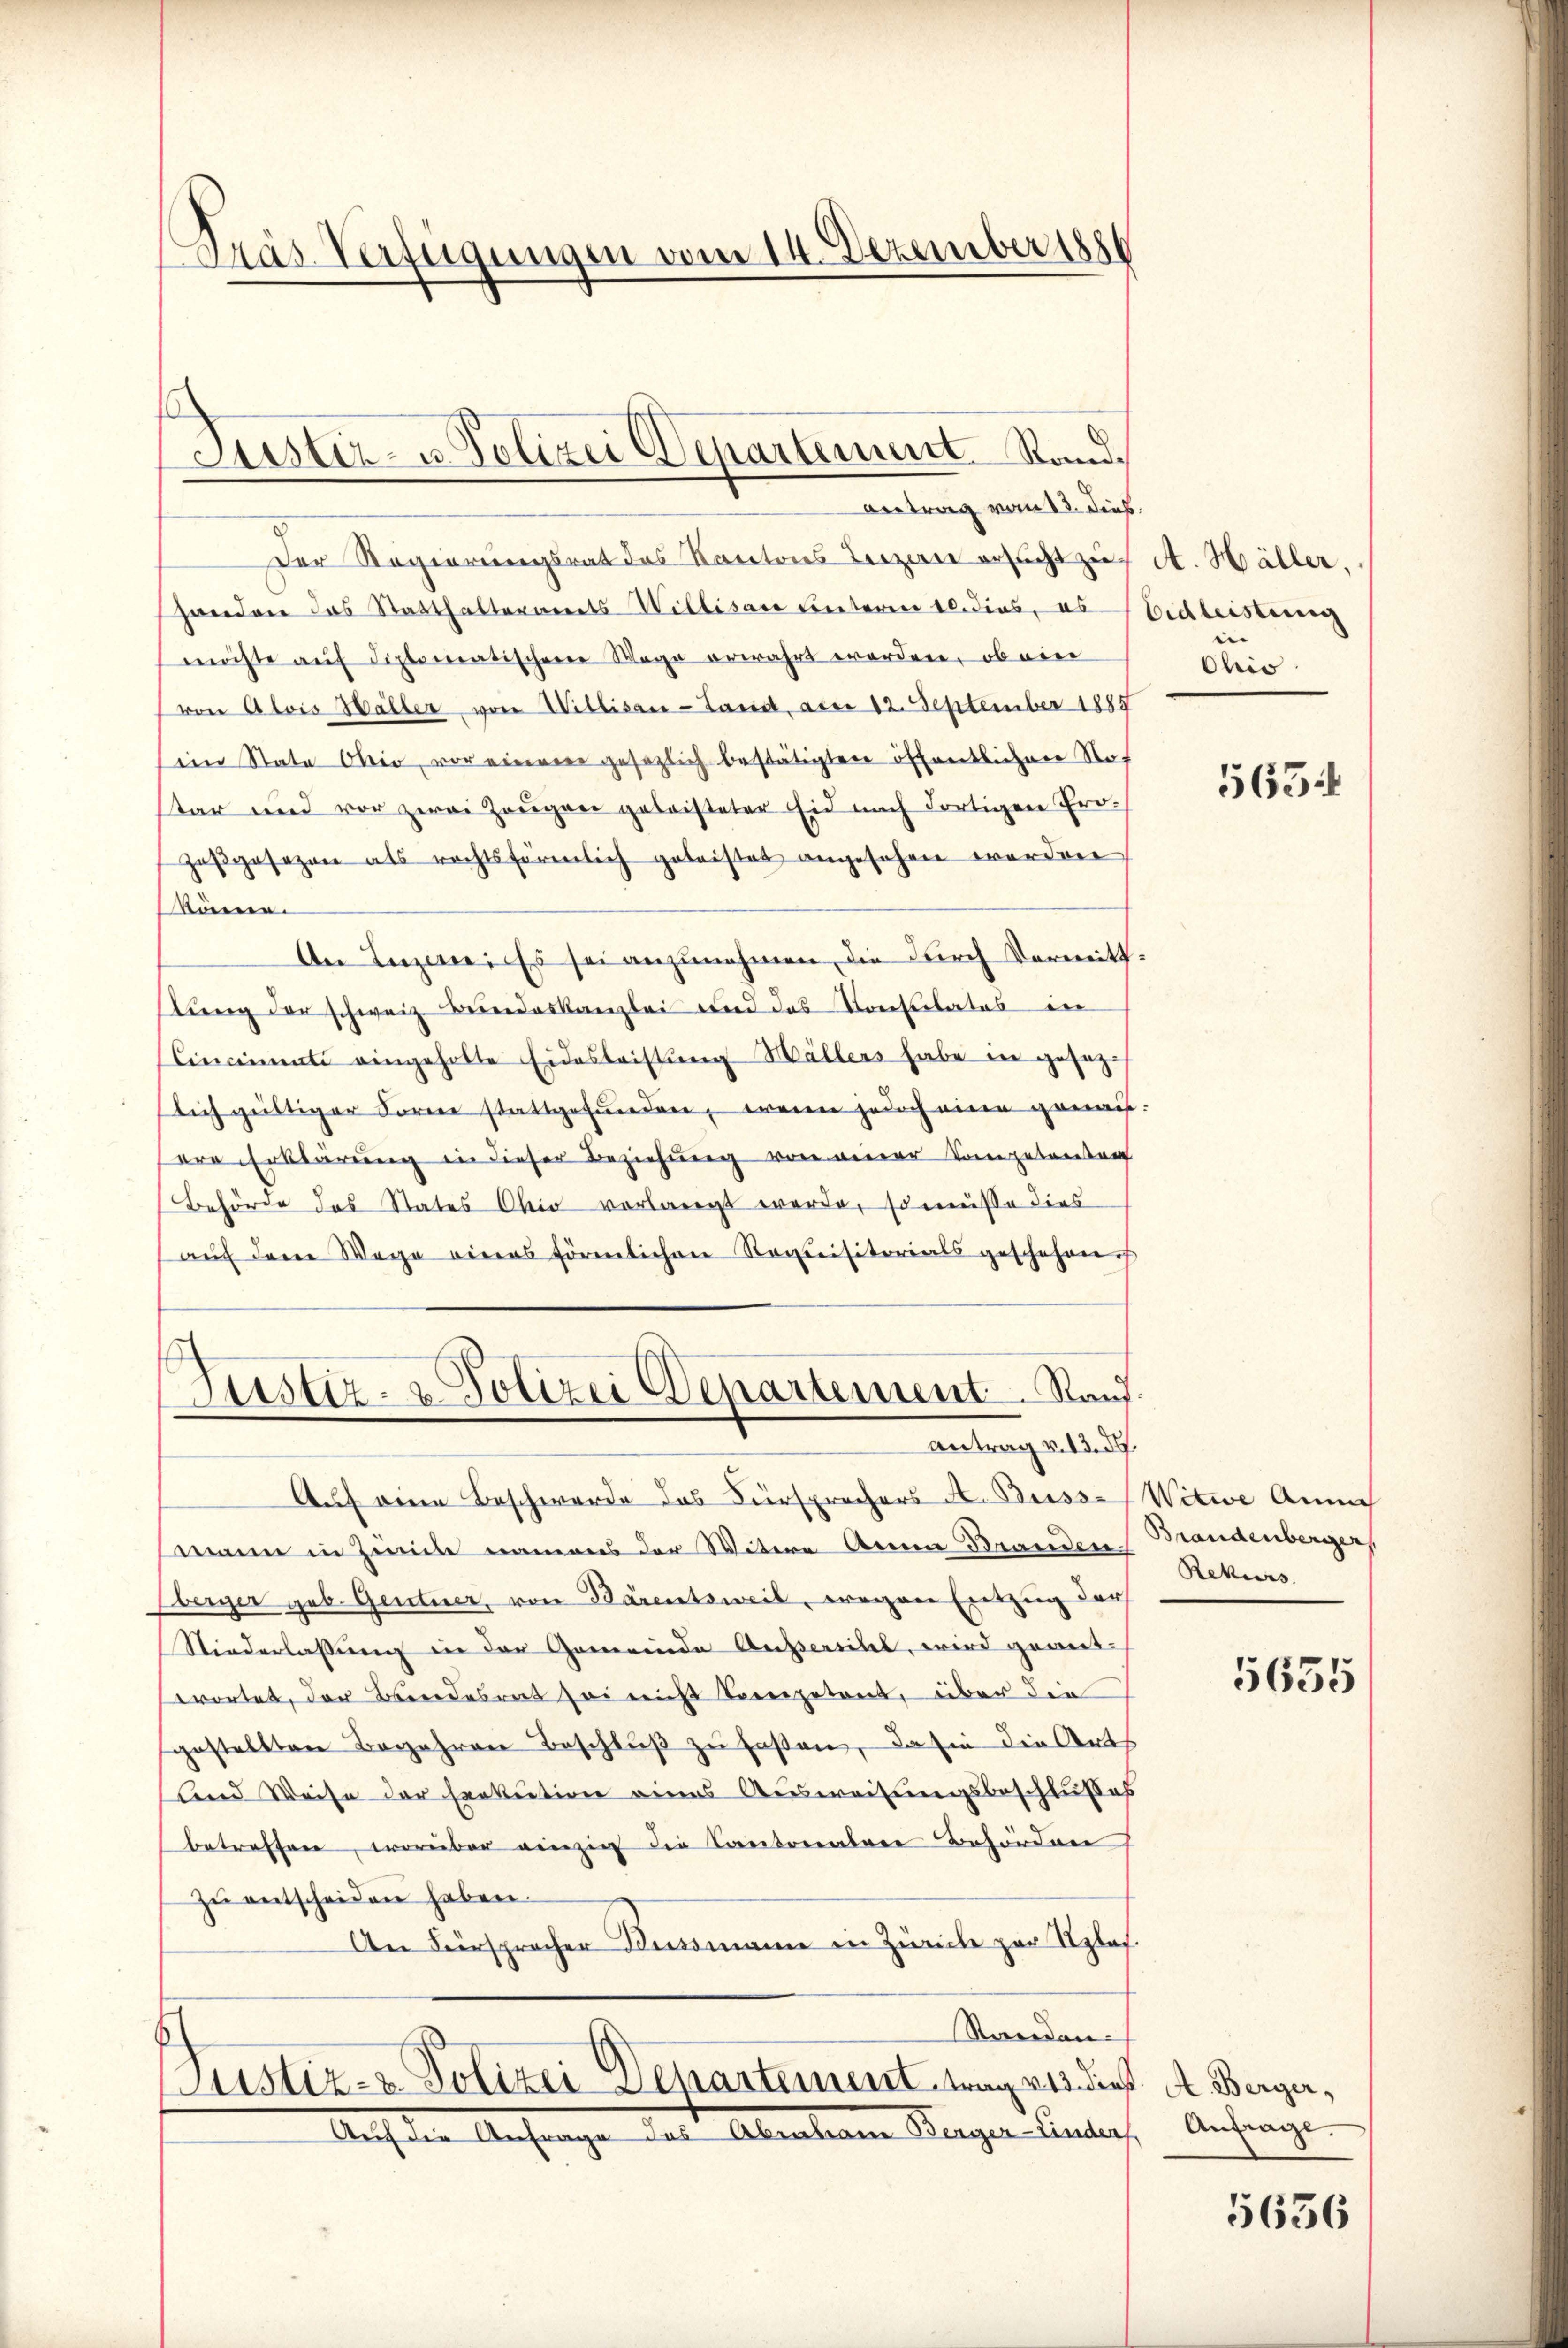
Pas-Verfügungen vom 14. Dezember 1886

Jüster- u. Polizei Departement Sand¬

Antrag vom 13. dies
Der Regierungsrat des Kantons Beizern ersucht zŭr A. Häller,
handen das Statthalteramts Willisau unteren 10. dies, es Eidleistung
möchte aŭf diplomatischene Wege erwahrt worden, ob ein
von Alois Haller von Willisau-Land, aber 12. September 1885
ein State Ohio, vor einem gesezlich bestätigten öffentlicher Not
star und vor zwei Zeugen geleisteter Eid nach dortigen Prozesgesezen als rechtsförmlich geleistet angesehen werden
können.
An Luzerne. Es sei anzunehmen, die durch Vermittlŭng der schweiz. Bundeskanzlei und das Konsulates in
Cincinati eingeholte Eidesleistung Hallers habe in gesetz-
lich gültiger Former stattgefunden, wenn jedoch eine genauere Erklärung in dieser Beziehung von einer Competentar
Behörde des States Ohio vorlangt werde, so müsse dies
aŭf dem Wege eines förmlichen Romnisitorials geschehen.

Justiz- & Polizei Departement. Stand
antrag v. 13. d.

Auf eine Beschwerde das Fürsprochers A. Busse Witwe Annah
mann in Zeile namens der Witere Anna Branden.
Aerger geb. Gentner, von Bärentsweil, wegen Entzug der
Niederlassung in der Gemeinde Aussersihl, wird geant-
wortet, der Bundesrat sei nicht Competent, über die
gestellten Begehren Beschlŭβ zŭ haßten, da sie die Orts
lnd Weise der Herkution eines Ausweisungsbeschlußes
betreffen, worüber einzig die Kantonalen Behörden
zŭ entscheiden haben.
An Fürspracher Bussmann in Zürich zur Uplaf.
Standen.
Justiz- & Polizei Departement tag wie dieß A. Berger¬
Auch der Anfrage das Abendenen Regen Ander, Anhange

bis

5634

Brandenberger
Rekurs

5635

5656